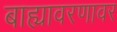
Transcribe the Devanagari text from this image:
बाह्यावरणावर